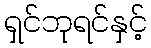
ရှင်ဘုရင်နှင့်